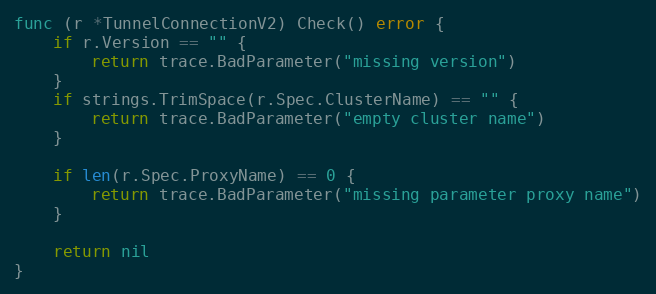
Language: Go
func (r *TunnelConnectionV2) Check() error {
	if r.Version == "" {
		return trace.BadParameter("missing version")
	}
	if strings.TrimSpace(r.Spec.ClusterName) == "" {
		return trace.BadParameter("empty cluster name")
	}

	if len(r.Spec.ProxyName) == 0 {
		return trace.BadParameter("missing parameter proxy name")
	}

	return nil
}